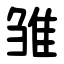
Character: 雏